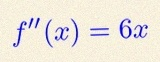
f''(x)=6x